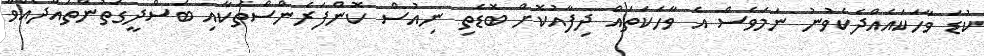
ކުޑަ ވާހަކައެއްދެކެވުނު ނަމަވެސް އެ ވާހަކަތައް ދިފާއުކޮށް ބޮޑެތި ނިއުސް ކޮންފަރެންސްތަކާއި ބަސްދީގަތުންތައްދެއްވާ